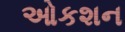
ઓકશન